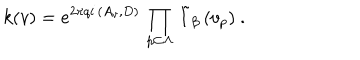
\left. k ( v ) = e ^ { 2 \pi q i \, \left( A _ { v } , D \right) } \, \prod _ { p \subset \Lambda } \, \tilde { I } _ { \beta } \, ( v _ { p } ) \right. \ .